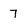
Character: 7